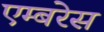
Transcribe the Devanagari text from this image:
एम्बरेस